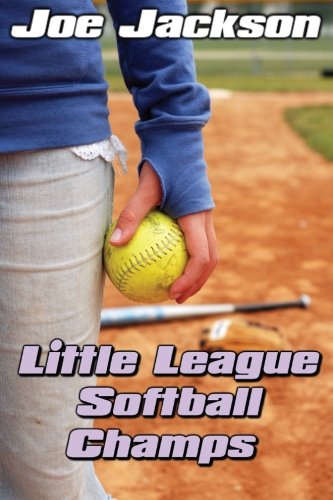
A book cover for Little League Softball Champs; Joe Jackson; Sports & Outdoors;